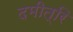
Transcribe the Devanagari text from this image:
दमीत्रि